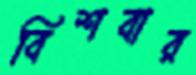
বিশবার